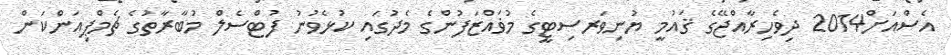
އެސްއަށް2014 ދިވެހިރާއްޖޭގެ ޤައުމީ ޔުނިވަރސިޓީގެ މުޥައްޒަފުންގެ މެދުގައި ކުޅެވުނު ފުޓްސެލް މުބާރާތުގެ ޗެމްޕިއަންކަން